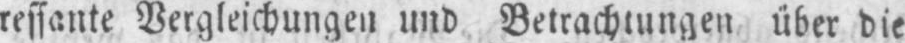
ressante Vergleichungen und Betrachtungen über die